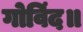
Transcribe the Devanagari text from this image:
गोविंद॥